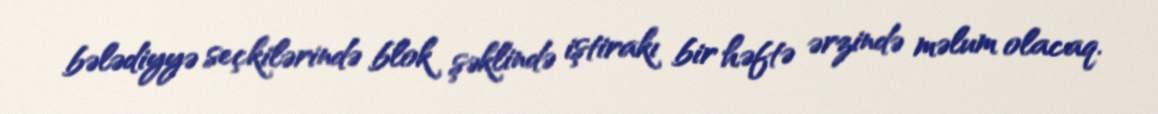
bələdiyyə seçkilərində blok şəklində iştirakı bir həftə ərzində məlum olacaq.